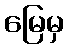
မြေမှ